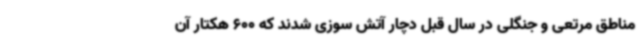
مناطق مرتعی و جنگلی در سال قبل دچار آتش سوزی شدند که 600 هکتار آن